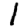
Digit: 1